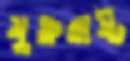
যুক্তরাষ্ট